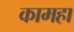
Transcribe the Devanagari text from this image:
कामहा